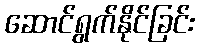
ဆောင်ရွက်နိုင်ခြင်း